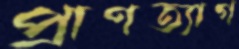
প্রাণত্যাগ